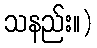
သနည်း။)